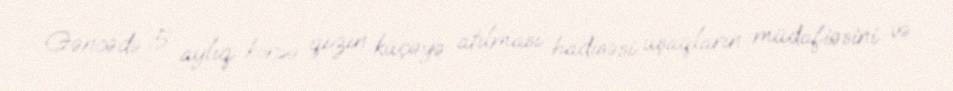
Gəncədə 5 aylıq körpə qızın küçəyə atılması hadisəsi uşaqların müdafiəsini və